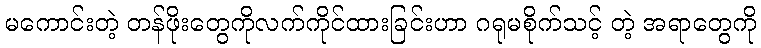
မကောင်းတဲ့ တန်ဖိုးတွေကိုလက်ကိုင်ထားခြင်းဟာ ဂရုမစိုက်သင့် တဲ့ အရာတွေကို